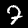
Digit: 7